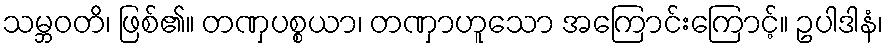
သမ္ဘဝတိ၊ ဖြစ်၏။ တဏှပစ္စယာ၊ တဏှာဟူသော အကြောင်းကြောင့်။ ဥပါဒါနံ၊